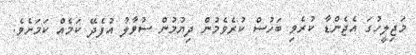
މަޖިލީހުގަ އެޖެންޑާ ކުރެވި ބަހުސް ކުރެވެމުން ދިޔުމުން ސުވާލު އުފެދޭ ކަމެއް ކަމަށެވެ.